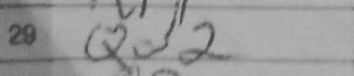
Transcription: Qd2